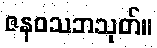
ဇနဝသဘသုတ်။